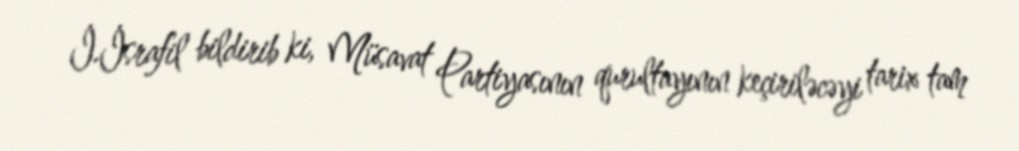
İ.İsrafil bildirib ki, Müsavat Partiyasının qurultayının keçiriləcəyi tarix tam